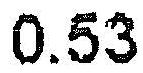
0.53